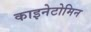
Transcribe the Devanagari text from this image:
काइनेटोमिन